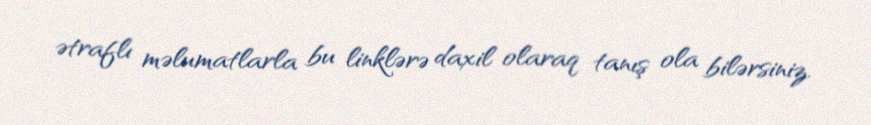
ətraflı məlumatlarla bu linklərə daxil olaraq tanış ola bilərsiniz.